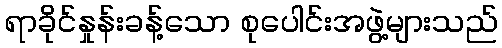
ရာခိုင်နှုန်းခန့်သော စုပေါင်းအဖွဲ့များသည်